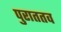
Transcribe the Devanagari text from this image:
पुराततव